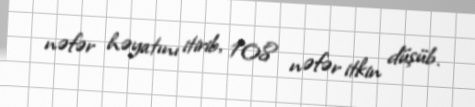
nəfər həyatını itirib, 108 nəfər itkin düşüb.